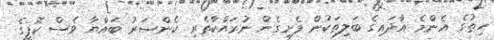
ހިތުގެ އެންމެ އާދައިގެ ބަލިތަކުން ފެށިގެން ނުރައްކާތެރި ކެންސަރު ބައްޔާ ވެސް ކޮފީގެ